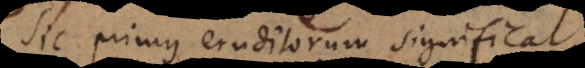
Sic primus eruditorum significat